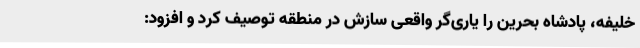
خلیفه، پادشاه بحرین را یاری‌گر واقعی سازش در منطقه توصیف کرد و افزود: